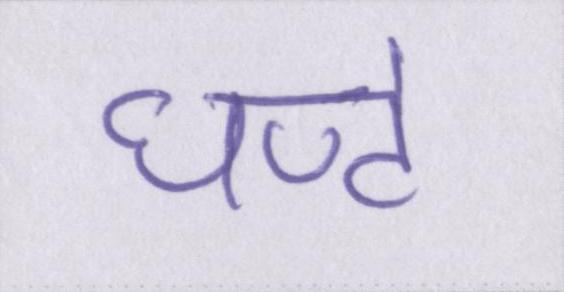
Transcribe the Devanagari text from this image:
घण्टे